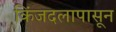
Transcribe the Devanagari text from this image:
किंजदलापासून